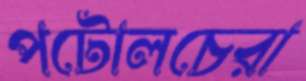
পটোলচেরা